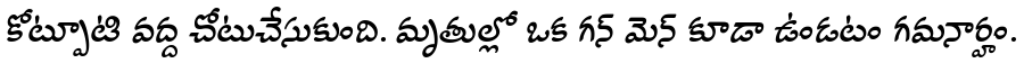
కోట్పూటి వద్ద చోటుచేసుకుంది. మృతుల్లో ఒక గన్ మెన్ కూడా ఉండటం గమనార్హం.